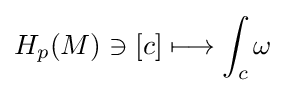
H_{p}(M)\ni [c]\longmapsto \int _{c}\omega